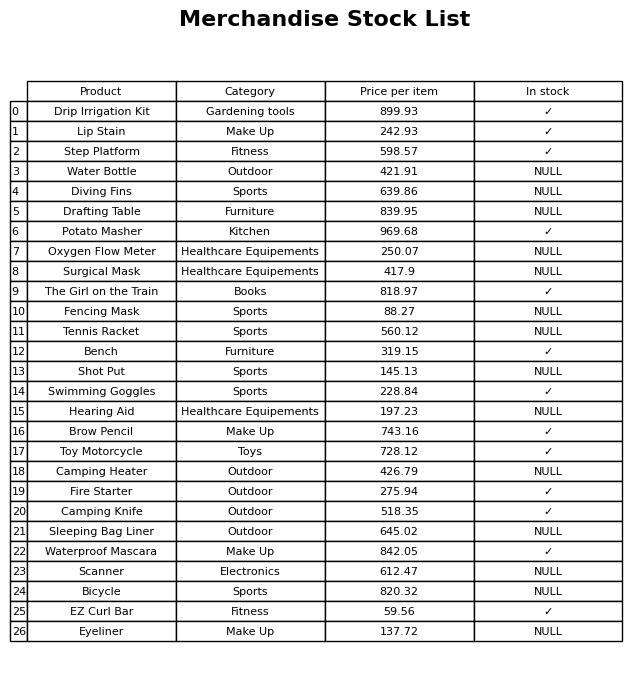
question: What is the price for Bench?
answer: The price of Bench is 319.15.